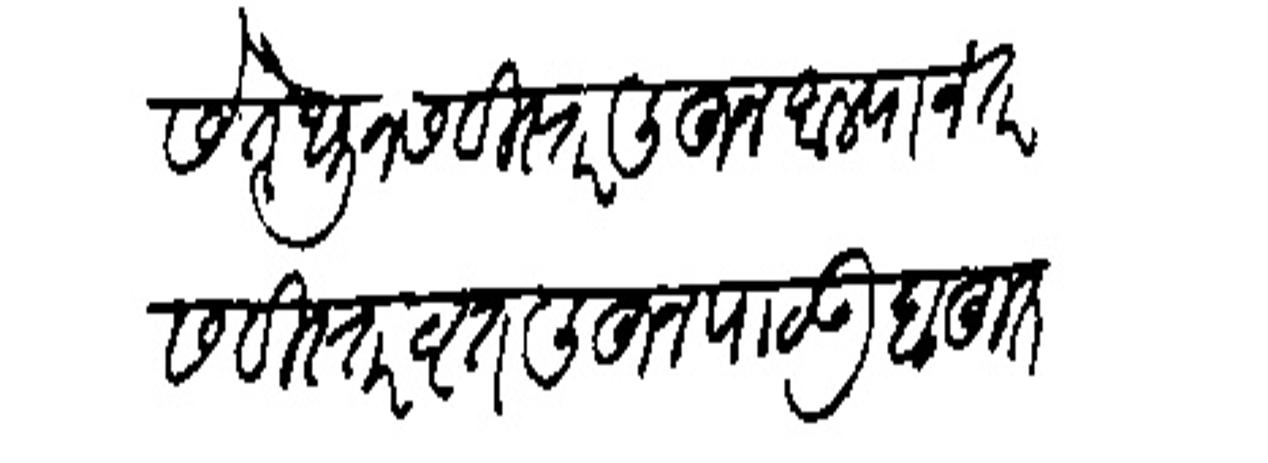
Transliteration (Devanagari): असे तेथून सविस्तर लिहन आल्यानंतर सविस्तर वृत्त लिहन पाठऊ बहुत